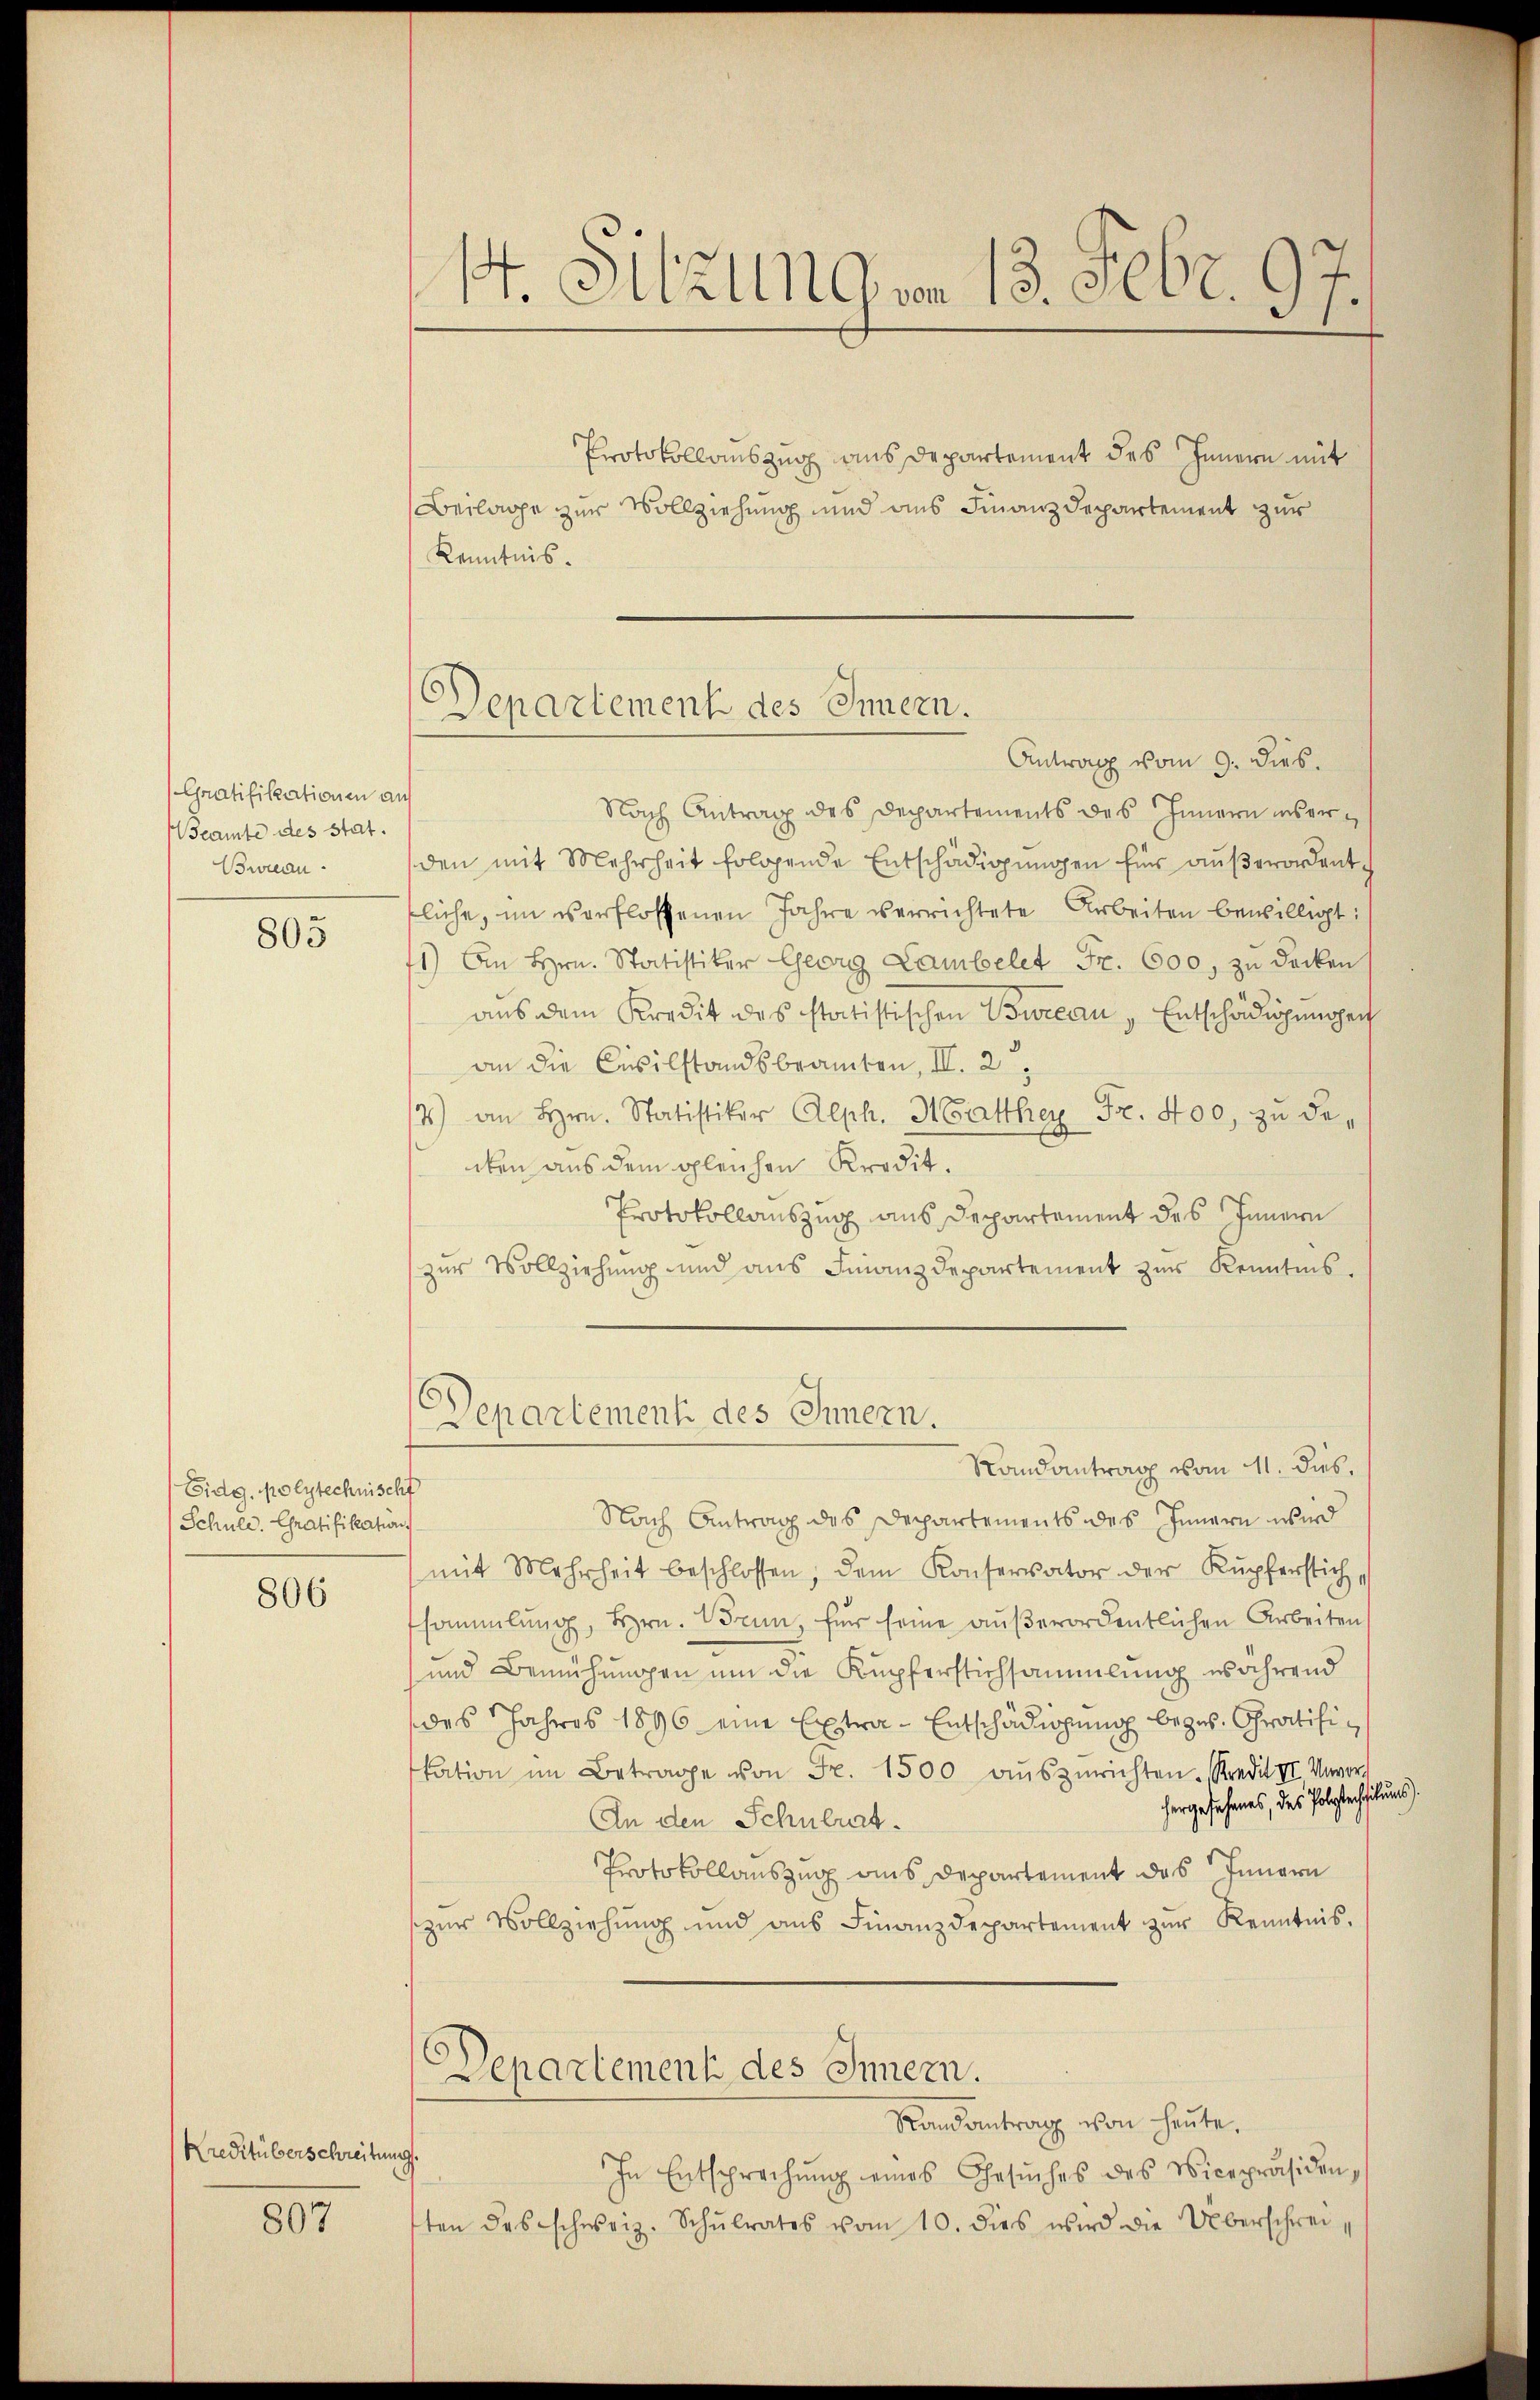
Gratifikationen an
eamte des Stat.
Bureau.

803

Eidg. polytechnischt
1 Schule. Gratifikation

806

Kreditüberschreiten

807

4. Grung vom 13. Febr. 97

Protokollauszug aus Departement des Innern mit
Beilage zur Vollziehung und aus Finanzdepartement zur
Kenntnis.
Antrag vom 9. dies.
Nach Antrag des Departements des Innern inserden mit Mehrheit folgende Entschädigŭngen für aŭβerordentliche, im verflossenen Jahre verrichtete Arbeiten bewilligt:
1) An Hrn. Statistiker Georg Lambelet Fr. 600, zu decken
aus dem Kredit des statistischen Bureau, Entschädigungen
an die Civilstandsbeamten, II. 2
4) an Hrn. Statistiker Alph. Matthey Fr. 400, zu deiken aus dem gleichen Kredit.
Protokollauszug aus Departement des Innern
zŭr Vollziehŭng und ans Finanzdepartement zŭr Kenntnis-
Departement des Innern.
Randantrag vom 11. dies
Nach Antrag des Departements des Innern wird
(mit Mehrheit beschlossen, dem Konservator der Kupferstich,
sammlung, Hrn. Brun für seine außerordentlichen Arbeiten
und Bemühungen um die Kupferstichsammlung während
des Jahres 1896 eine Extra- Entschädigung bezw. Chratifikation im Betrage von Fr. 1500 auszurichten. Kredit II Unvors
hergefahres, des Polsterhaltun
An den Schulrat.
Protokollauszug aus Departement das Innern
zŭr Vollziehŭng und aŭs Finanzdepartement zŭr Kenntnis.
Departement des Innern.
Randantrag von heute.
.
In Entsprechŭng eines Gesŭches des Vicepräsiden,
ten des schweiz. Schŭlrates vom 10. dies wird die Überschrei¬

Departement des Innern.